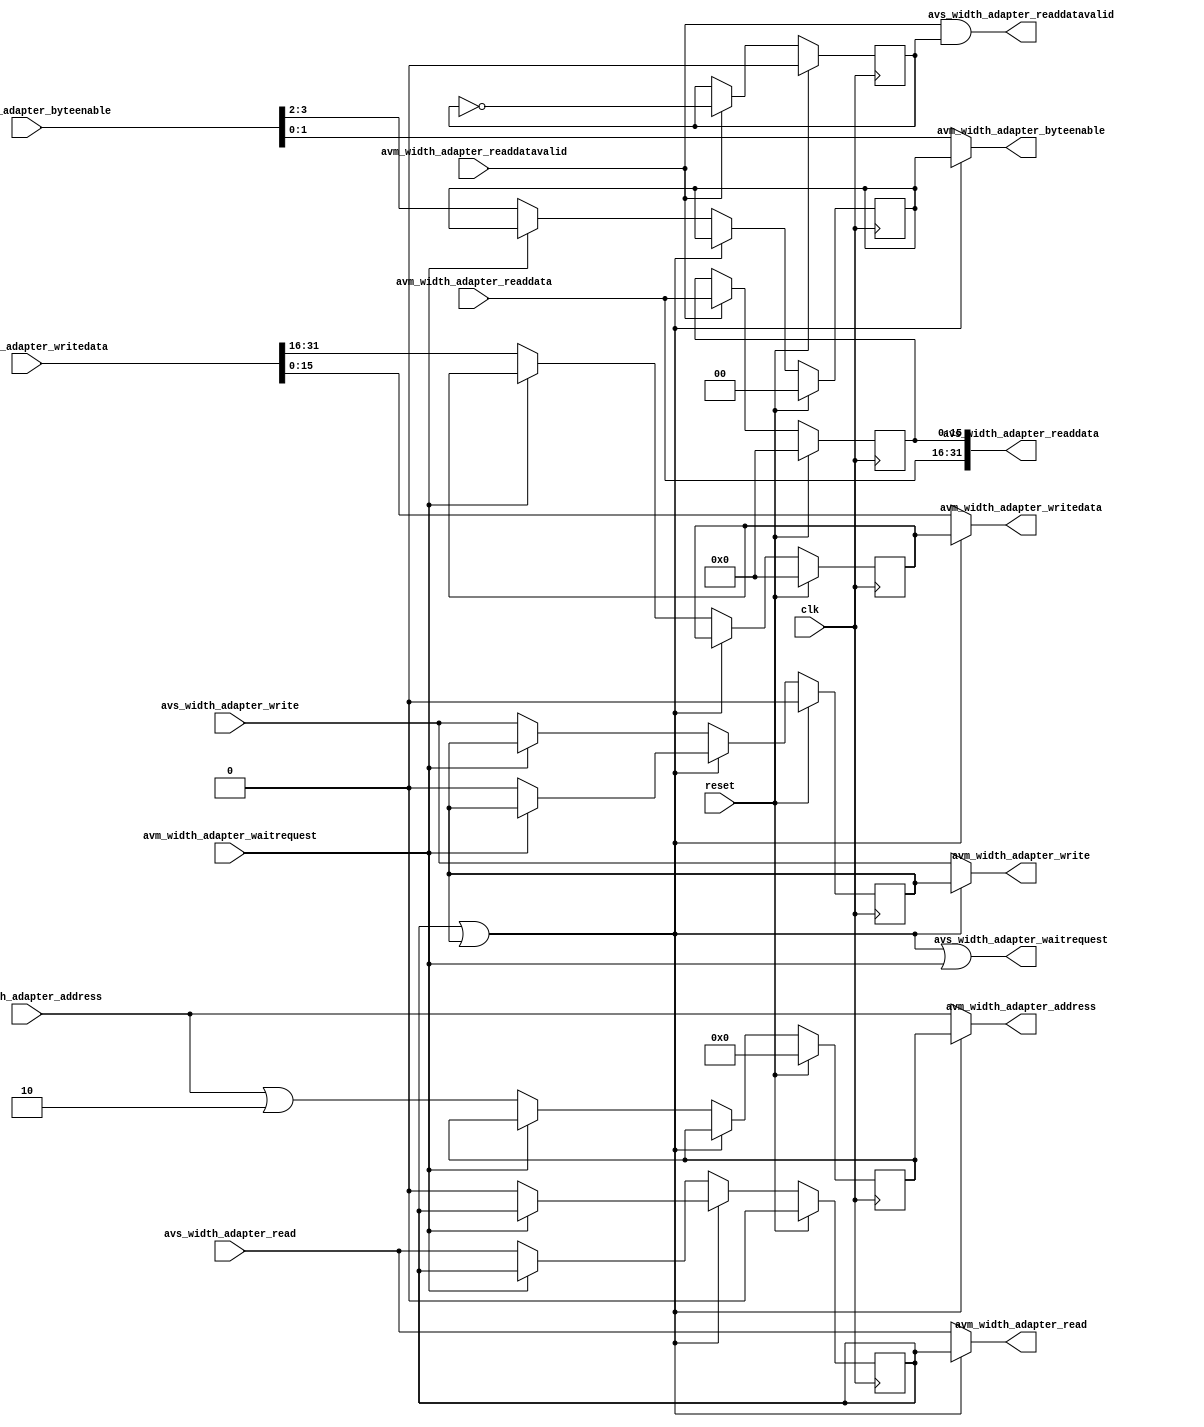

module legup_av_width_adapter 
#(
///////////////////////////////////////////////////////////////////////////////
//////////////////////////// Parameter definitions ////////////////////////////
///////////////////////////////////////////////////////////////////////////////
parameter ADDR_WIDTH            = 32,   // bits
parameter SLAVE_DATA_WIDTH      = 32,   // bits
parameter MASTER_DATA_WIDTH     = 16    // bits
)
(
	clk,
	reset,
	
	avs_width_adapter_address,
	avs_width_adapter_byteenable,
	avs_width_adapter_read,
	avs_width_adapter_write,
	avs_width_adapter_writedata,
	avs_width_adapter_readdata,
	avs_width_adapter_readdatavalid,
	avs_width_adapter_waitrequest,

	avm_width_adapter_readdata,
	avm_width_adapter_readdatavalid,
	avm_width_adapter_waitrequest,
	avm_width_adapter_address,
	avm_width_adapter_byteenable,
	avm_width_adapter_read,
	avm_width_adapter_write,
	avm_width_adapter_writedata
);


///////////////////////////////////////////////////////////////////////////////
///////////////////////// Local parameter definitions /////////////////////////
///////////////////////////////////////////////////////////////////////////////
localparam	AW  = ADDR_WIDTH - 1;               // Address width
localparam	SDW = SLAVE_DATA_WIDTH - 1;         // Slave data width
localparam	SBE = (SLAVE_DATA_WIDTH / 8) - 1;   // Slave byte enable width
localparam	MDW = MASTER_DATA_WIDTH - 1;        // Master data width
localparam	MBE = (MASTER_DATA_WIDTH / 8) - 1;  // Master byte enable width

///////////////////////////////////////////////////////////////////////////////
////////////////////////////// Port declarations //////////////////////////////
///////////////////////////////////////////////////////////////////////////////
input               clk;
input               reset;
	
input       [AW: 0] avs_width_adapter_address;
input       [SBE:0] avs_width_adapter_byteenable;
input               avs_width_adapter_read;
input               avs_width_adapter_write;
input       [SDW:0] avs_width_adapter_writedata;
output      [SDW:0] avs_width_adapter_readdata;
output              avs_width_adapter_readdatavalid;
output              avs_width_adapter_waitrequest;

input       [MDW:0] avm_width_adapter_readdata;
input               avm_width_adapter_readdatavalid;
input               avm_width_adapter_waitrequest;
output      [31: 0] avm_width_adapter_address;
output      [MBE:0] avm_width_adapter_byteenable;
output              avm_width_adapter_read;
output              avm_width_adapter_write;
output      [MDW:0] avm_width_adapter_writedata;

///////////////////////////////////////////////////////////////////////////////
////////////////////////// Local signals definitions //////////////////////////
///////////////////////////////////////////////////////////////////////////////
reg                 half_readdata_valid;
reg         [MDW:0] half_result;

wire                has_pending_transfer;
reg         [AW: 0] pending_address;
reg         [MBE:0] pending_byteenable;
reg                 pending_read;
reg                 pending_write;
reg         [MDW:0] pending_writedata;

///////////////////////////////////////////////////////////////////////////////
///////////////////////////// Output assignments //////////////////////////////
///////////////////////////////////////////////////////////////////////////////
assign avs_width_adapter_readdata       = 
        {avm_width_adapter_readdata, half_result};
assign avs_width_adapter_readdatavalid  = 
        avm_width_adapter_readdatavalid & half_readdata_valid;
assign avs_width_adapter_waitrequest    = 
        has_pending_transfer | avm_width_adapter_waitrequest;

assign has_pending_transfer         = pending_read | pending_write;
assign avm_width_adapter_address    = has_pending_transfer ?
                                        pending_address :
                                        avs_width_adapter_address;
assign avm_width_adapter_byteenable = has_pending_transfer ?
                                        pending_byteenable :
                                        avs_width_adapter_byteenable[1:0];
assign avm_width_adapter_read       = has_pending_transfer ?
                                        pending_read :
                                        avs_width_adapter_read;
assign avm_width_adapter_write      = has_pending_transfer ?
                                        pending_write :
                                        avs_width_adapter_write;
assign avm_width_adapter_writedata  = has_pending_transfer ?
                                        pending_writedata :
                                        avs_width_adapter_writedata[15:0];


///////////////////////////////////////////////////////////////////////////////
//////////////////////////// Internal assignments /////////////////////////////
///////////////////////////////////////////////////////////////////////////////
always @(posedge clk)
begin
    if (reset)
    begin
        half_readdata_valid <= 0;
        half_result         <= 0;
    end
    else if (avm_width_adapter_readdatavalid)
    begin
        half_readdata_valid <= half_readdata_valid ^ 1'b1;
        half_result         <= avm_width_adapter_readdata;
    end
end

always @(posedge clk)
begin
    if (reset)
    begin
        pending_address     <= 0;
        pending_byteenable  <= 0;
        pending_read        <= 0;
        pending_write       <= 0;
        pending_writedata   <= 0;
    end
    else if (has_pending_transfer)
    begin
        if (~avm_width_adapter_waitrequest)
        begin
            pending_read    <= 0;
            pending_write   <= 0;
        end
    end
    else if (~avm_width_adapter_waitrequest)
    begin
        pending_address     <= avs_width_adapter_address | 32'h00000002;
        pending_byteenable  <= avs_width_adapter_byteenable[3:2];
        pending_read        <= avs_width_adapter_read;
        pending_write       <= avs_width_adapter_write;
        pending_writedata   <= avs_width_adapter_writedata[31:16];
    end
end

///////////////////////////////////////////////////////////////////////////////
//////////////////////////// Finite state machines ////////////////////////////
///////////////////////////////////////////////////////////////////////////////

///////////////////////////////////////////////////////////////////////////////
///////////////////////////////// Submodules //////////////////////////////////
///////////////////////////////////////////////////////////////////////////////


endmodule